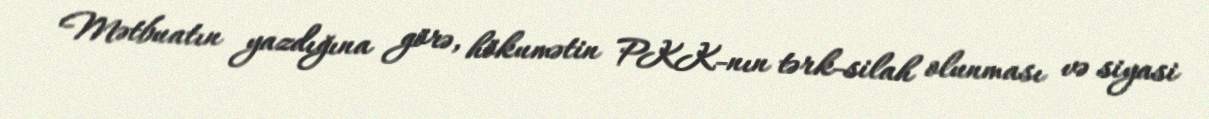
Mətbuatın yazdığına görə, hökumətin PKK-nın tərk-silah olunması və siyasi